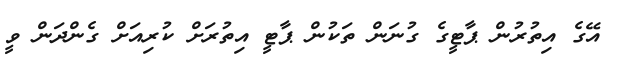
އޭގެ އިތުރުން ޕާޓީގެ ގުނަން ތަކުން ޕާޓީ އިތުރަށް ކުރިއަށް ގެންދަން ވީ